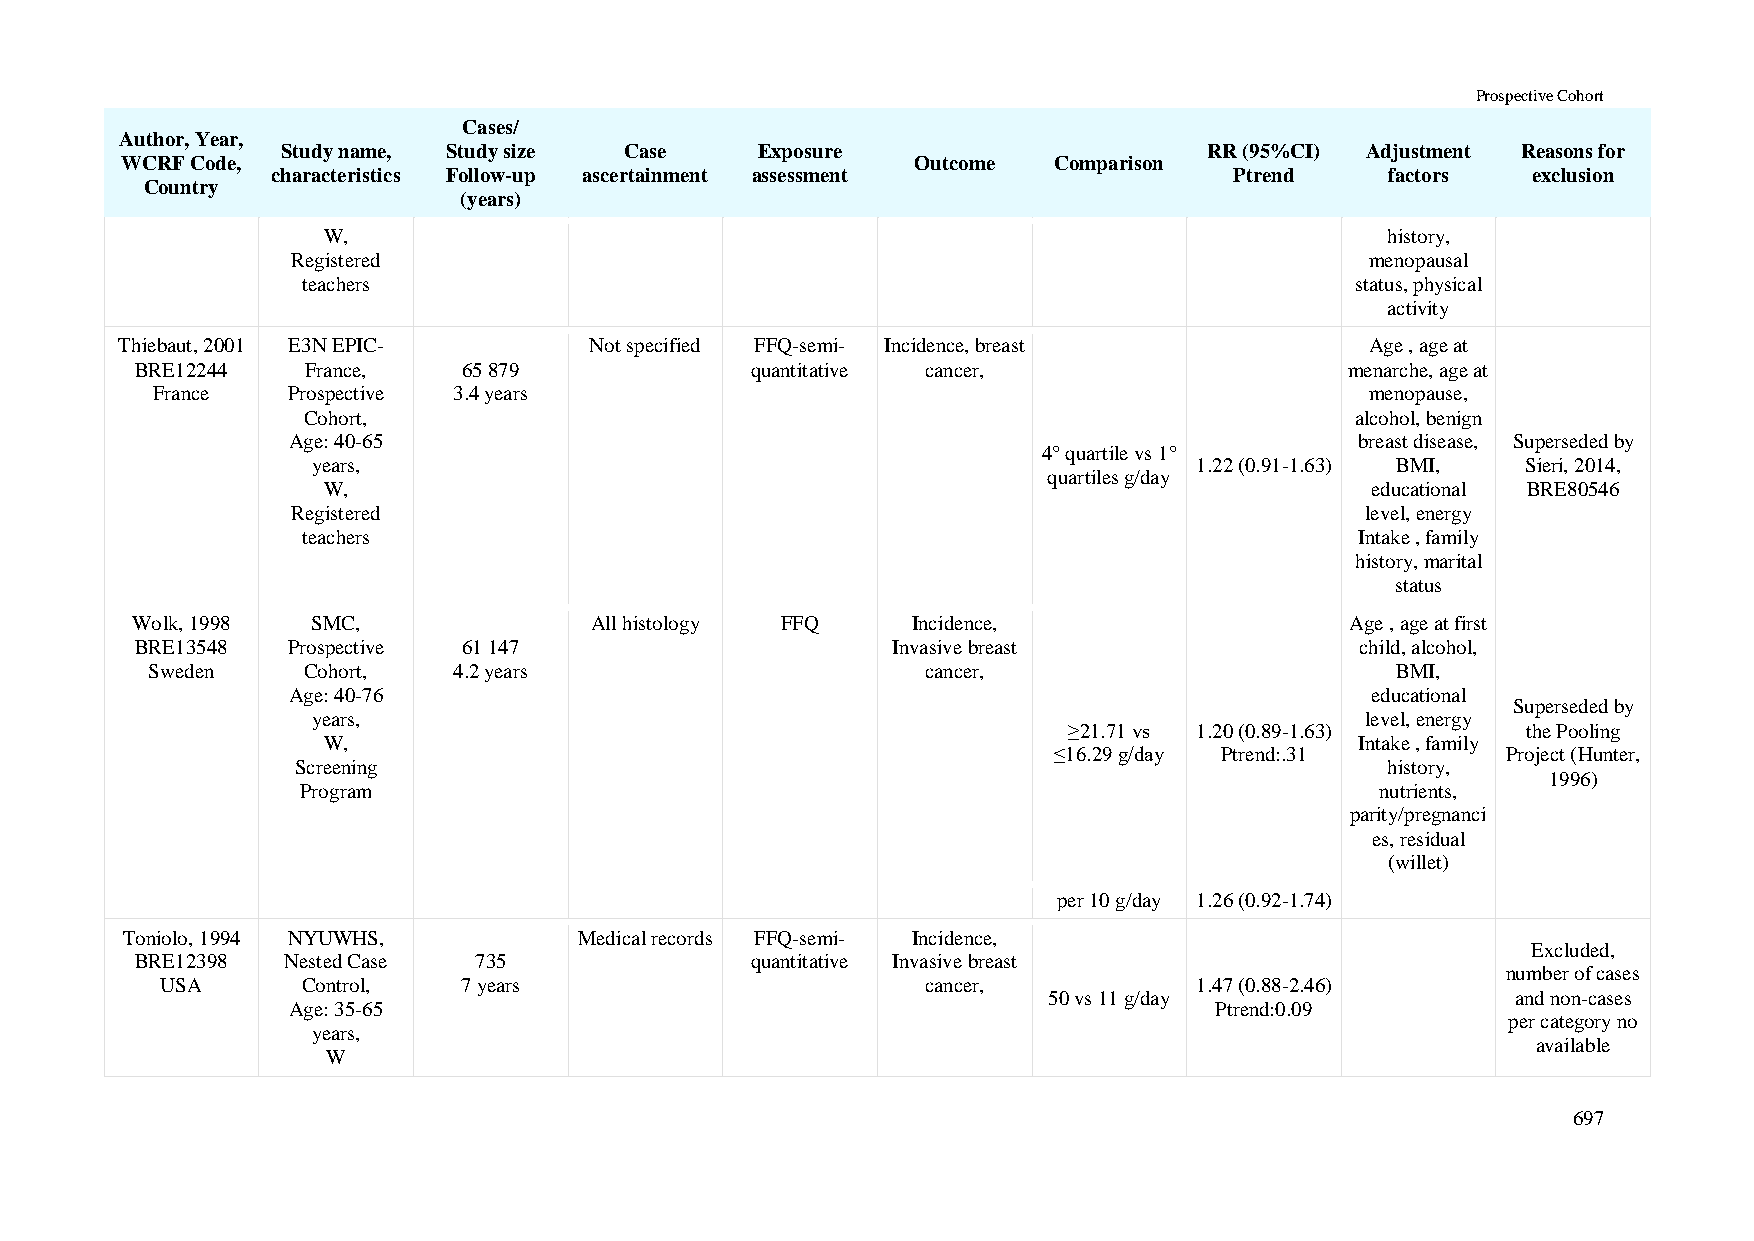
Prospective Cohort
 Cases/
 Author, Year,
 Study name, Study size Case    Exposure                      RR (95%CI) Adjustment Reasons for
 WCRF Code,                                           Outcome  Comparison
 characteristics Follow-up ascertainment assessment              Ptrend    factors  exclusion
 Country
 (years)
 W,                                                                     history,
 Registered                                                              menopausal
 teachers                                                              status, physical
 activity
 Thiebaut, 2001 E3N EPIC-       Not specified FFQ-semi- Incidence, breast           Age , age at
 BRE12244   France,    65 879             quantitative cancer,                   menarche, age at
 France   Prospective 3.4 years                                                   menopause,
 Cohort,                                                               alcohol, benign
 Age: 40-65                                                             breast disease, Superseded by
 4° quartile vs 1°
 years,                                                    1.22 (0.91-1.63) BMI, Sieri, 2014,
 quartiles g/day
 W,                                                                    educational BRE80546
 Registered                                                             level, energy
 teachers                                                              Intake , family
 history, marital
 status
 Wolk, 1998  SMC,              All histology FFQ    Incidence,                   Age , age at first
 BRE13548  Prospective 61 147                      Invasive breast                child, alcohol,
 Sweden    Cohort,   4.2 years                      cancer,                        BMI,
 Age: 40-76                                                              educational
 Superseded by
 years,                                                               level, energy
 ≥21.71 vs 1.20 (0.89-1.63)    the Pooling
 W,                                                                   Intake , family
 ≤16.29 g/day Ptrend:.31       Project (Hunter,
 Screening                                                               history,
 1996)
 Program                                                                nutrients,
 parity/pregnanci
 es, residual
 (willet)
 per 10 g/day 1.26 (0.92-1.74)
 Toniolo, 1994 NYUWHS,         Medical records FFQ-semi- Incidence,
 Excluded,
 BRE12398  Nested Case 735                quantitative Invasive breast
 number of cases
 USA      Control,   7 years                       cancer,           1.47 (0.88-2.46)
 50 vs 11 g/day                 and non-cases
 Age: 35-65                                                   Ptrend:0.09
 per category no
 years,
 available
 W
 697